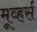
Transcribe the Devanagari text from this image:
मूव्हर्स